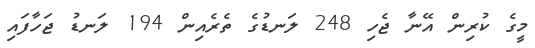
މީގެ ކުރިން އޭނާ ޖެހި 248 ލަނޑުގެ ތެރެއިން 194 ލަނޑު ޖަހާފައި